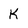
Character: k